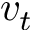
v _ { t }